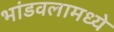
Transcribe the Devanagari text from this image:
भांडवलामध्ये